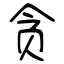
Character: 贪